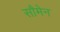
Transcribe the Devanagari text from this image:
सौमेन